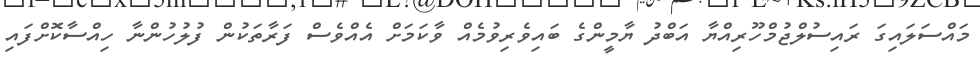
މައްސަލައިގަ ރައިސުލްޖުމްހޫރިއްޔާ އަބްދު ޔާމީންގެ ބައިވެރިވުމެއް ވާކަމަށް އެއްވެސް ފަރާތަކުން ފުލުހުންނާ ހިއްސާކޮށްފައި